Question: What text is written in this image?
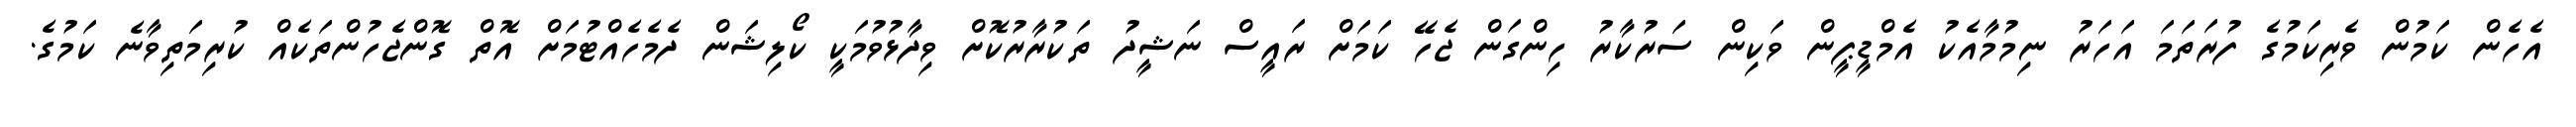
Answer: އެހެން ކަމުން ވެރިކަމުގެ ފުރަތަމަ އަހަރު ނިމުމާއެކު އެމްޑީޕީން ވަކިން ސަރުކާރު ހިންގަން ޖެހޭ ކަމަށް ރައީސް ނަޝީދު ތަކުރާރުކޮށް ވިދާޅުވުމަކީ ކޯލިޝަން ދެމެހެއްޓުމަށް އޮތް ގޮންޖެހުންތަކެއް ކުރިމަތިވާނެ ކަމުގެ.